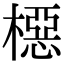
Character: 𬄚